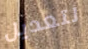
لتعديل